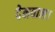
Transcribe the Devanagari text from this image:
देनवाल।